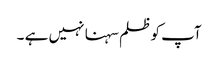
آپ کو ظلم سہنا نہیں ہے ۔